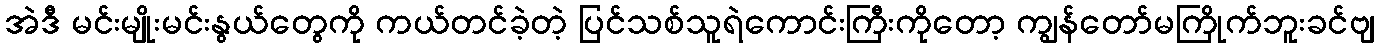
အဲဒီ မင်းမျိုးမင်းနွယ်တွေကို ကယ်တင်ခဲ့တဲ့ ပြင်သစ်သူရဲကောင်းကြီးကိုတော့ ကျွန်တော်မကြိုက်ဘူးခင်ဗျ